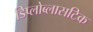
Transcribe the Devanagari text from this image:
डिप्लोब्लासटिक